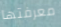
معرفتها